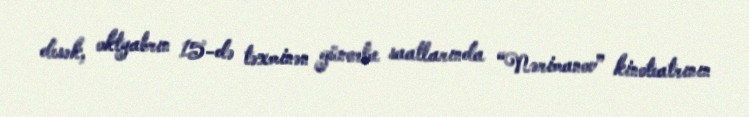
desək, oktyabrın 15-də təxminən günorta saatlarında “Nərimanov” kinoteatrının